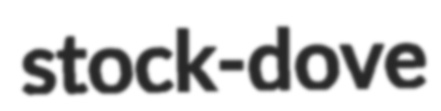
stock-dove